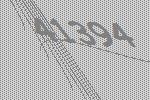
41394